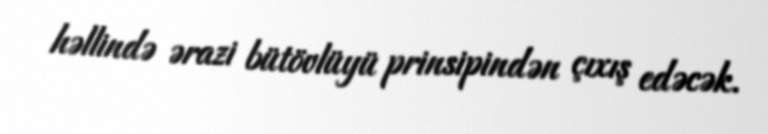
həllində ərazi bütövlüyü prinsipindən çıxış edəcək.